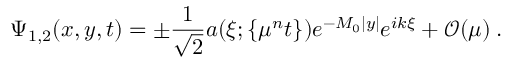
\Psi _ { 1 , 2 } ( x , y , t ) = \pm \displaystyle \frac { 1 } { \sqrt { 2 } } a ( \xi ; \left\{ \mu ^ { n } t \right\} ) e ^ { - M _ { 0 } | y | } e ^ { i k \xi } + \mathcal { O } ( \mu ) \: .